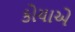
કોયાએ